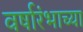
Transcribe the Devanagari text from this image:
वर्षारंभाच्या